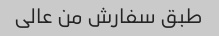
طبق سفارش من عالی